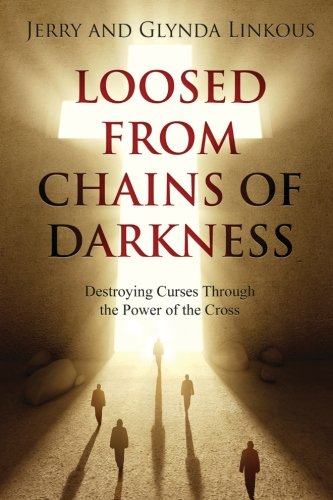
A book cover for Loosed From Chains of Darkness: Destroying Curses Through the Power of the Cross; Jerry and Glynda Linkous; Christian Books & Bibles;